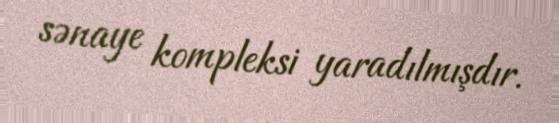
sənaye kompleksi yaradılmışdır.